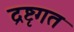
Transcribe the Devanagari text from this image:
द्रष्टृगत